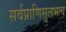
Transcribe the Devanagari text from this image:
सर्वप्राणिसुलभत्व